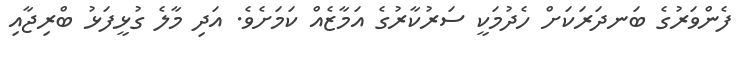
ފެންވަރުގެ ބަނދަރަކަށް ހެދުމަކީ ސަރުކާރުގެ އަމާޒެއް ކަމަށެވެ. އަދި މާލެ ގުޅީފަޅު ބްރިޖާއި